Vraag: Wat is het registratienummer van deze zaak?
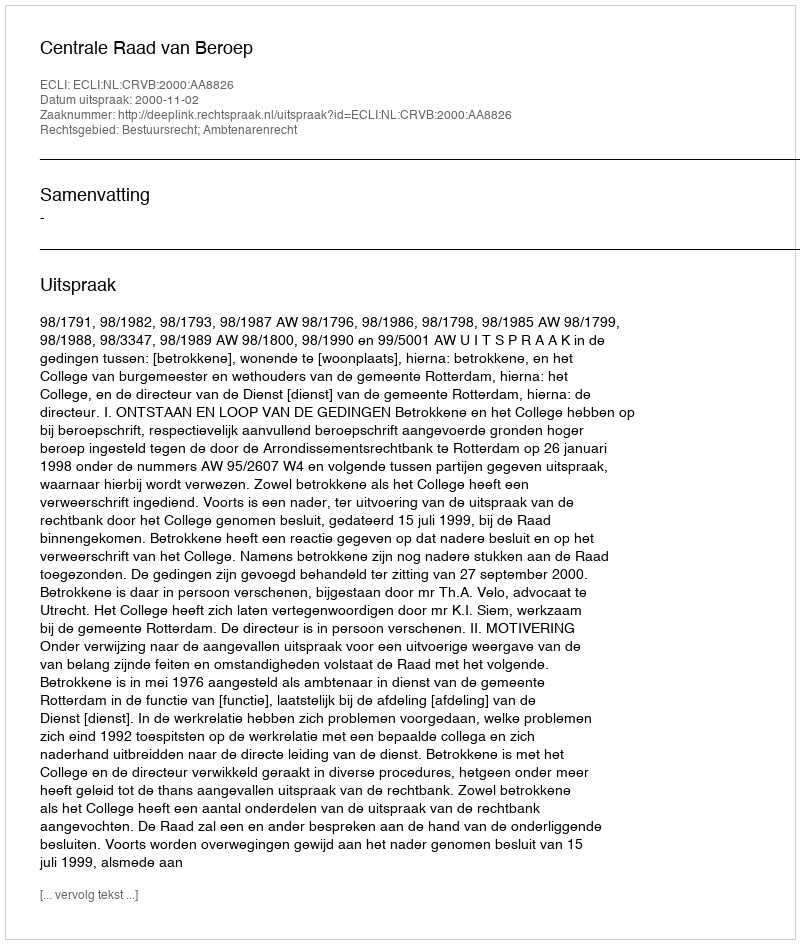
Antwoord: http://deeplink.rechtspraak.nl/uitspraak?id=ECLI:NL:CRVB:2000:AA8826